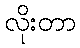
လိုးတာ